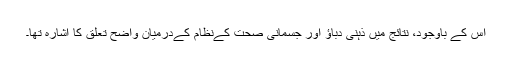
اس کے باوجود، نتائج میں ذہنی دباؤ اور جسمانی صحت کےنظام کےدرمیان واضح تعلق کا اشارہ تھا۔